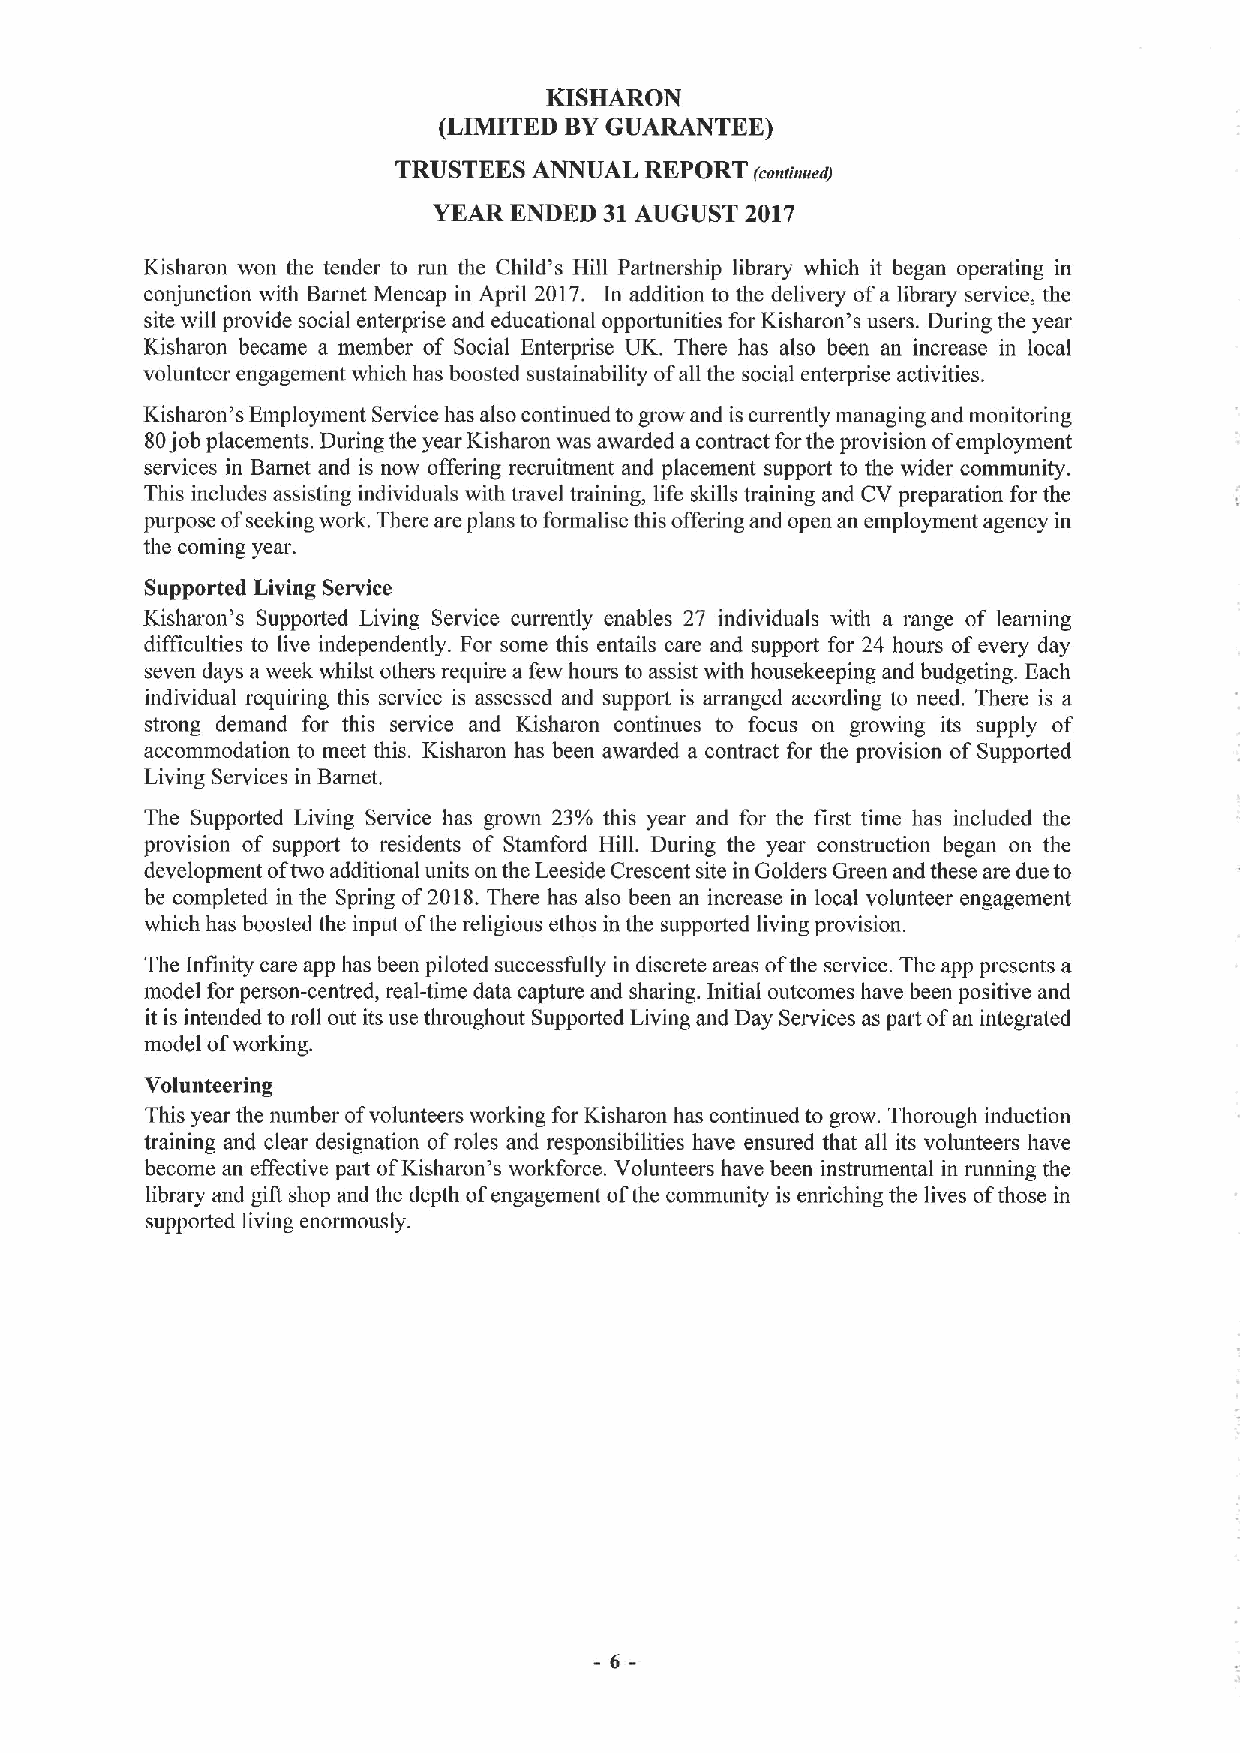
KISHARON
 (LIMITED BYGUARANTEE)
 TRUSTEES ANNUAL  REPORT (roadaued)
 YEAR ENDED 31AUGUST 2017
 Kisharon won the tender to run the Child's Hill Partnership library which it began operating in
 conjunction with Barnet Mencap in April 2017. In addition to the delivery ofa library service, the
 site will provide social enterprise and educational opportunities for Kisharon's users. During the year
 Kisharon became a member of Social Enterprise UK. There has also been an increase in local
 volunteer engagement which has boosted sustainability ofall the social enterprise activities.
 Kisharon's Employment Service has also continued togrow and is currently managing and monitoring
 80job placements. During the year Kisharon was awarded a contract forthe provision ofemployment
 services in Barnet and is now offering recruitment and placement support to the wider community.
 This includes assisting individuals with travel training, life skills training and CV preparation for the
 purpose ofseeking work. There are plans to formalise this offering and open an employment agency in
 the coming year.
 Supported Living Service
 Kisharon's Supported Living Service currently enables 27 individuals with a range of learning
 difficulties to live independently. For some this entails care and support for 24 hours ofevery day
 seven days a week whilst others require a few hours to assist with housekeeping and budgeting. Each
 individual requiring this service is assessed and support is arranged according to need. There is a
 strong demand for this service and Kisharon continues to focus on growing its supply of
 accommodation to meet this. Kisharon has been awarded a contract for the provision ofSupported
 Living Services in Barnet.
 The Supported Living Service has grown 23% this year and for the first time has included the
 provision of support to residents of Stamford Hill. During the year construction began on the
 development oftwo additional units on the Leeside Crescent site in Golders Green and these are due to
 be completed in the Spring of2018.There has also been an increase in local volunteer engagement
 which has boosted the input ofthe religious ethos in the supported living provision.
 The Infinity care app has been piloted successfully in discrete areas ofthe service. The app presents a
 model for person-centred, real-time data capture and sharing. Initial outcomes have been positive and
 it is intended to roll out its use throughout Suppoited Living and Day Services as part ofan integrated
 model ofworking.
 Volunteering
 This year the number ofvolunteers working for Kisharon has continued to grow. Thorough induction
 training and clear designation ofroles and responsibilities have ensured that all its volunteers have
 become an effective pait ofKisharon's workforce. Volunteers have been instrumental in running the
 library and gift shop and the depth ofengagement ofthe community is enriching the lives ofthose in
 supported living enormously.
 -6-